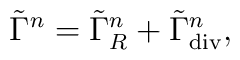
\tilde{\Gamma}^n =   \tilde{\Gamma}_R^n + \tilde{\Gamma}_{\rm div}^n,